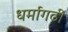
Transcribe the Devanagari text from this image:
धर्मागढी